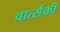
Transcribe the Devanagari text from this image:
वार्त्सकी